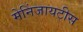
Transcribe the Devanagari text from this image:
मेनिंजायटीस